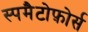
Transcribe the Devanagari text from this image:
स्पमैटोफ़ोर्स